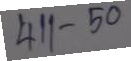
411 - 50